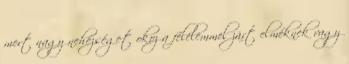
mert nagy nehézséget okoz a félelemmel zárt elméknek vagy